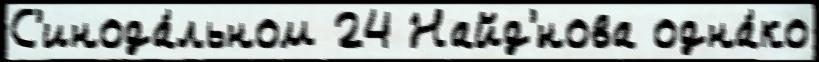
С'инода́льном 24 Найд'́нова одна́ко